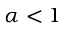
\alpha < 1